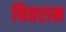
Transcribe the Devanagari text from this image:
चितराम